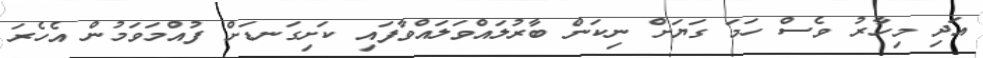
އަދި މިހާރު ވެސް ހަމަ ގަޔަށް ނިކަން ބާރުލައްވަލައްވާފައި ކަށިގަނޑަށް ފުއްމަވަމުން އެހެރަ